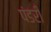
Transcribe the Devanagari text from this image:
पंडरी